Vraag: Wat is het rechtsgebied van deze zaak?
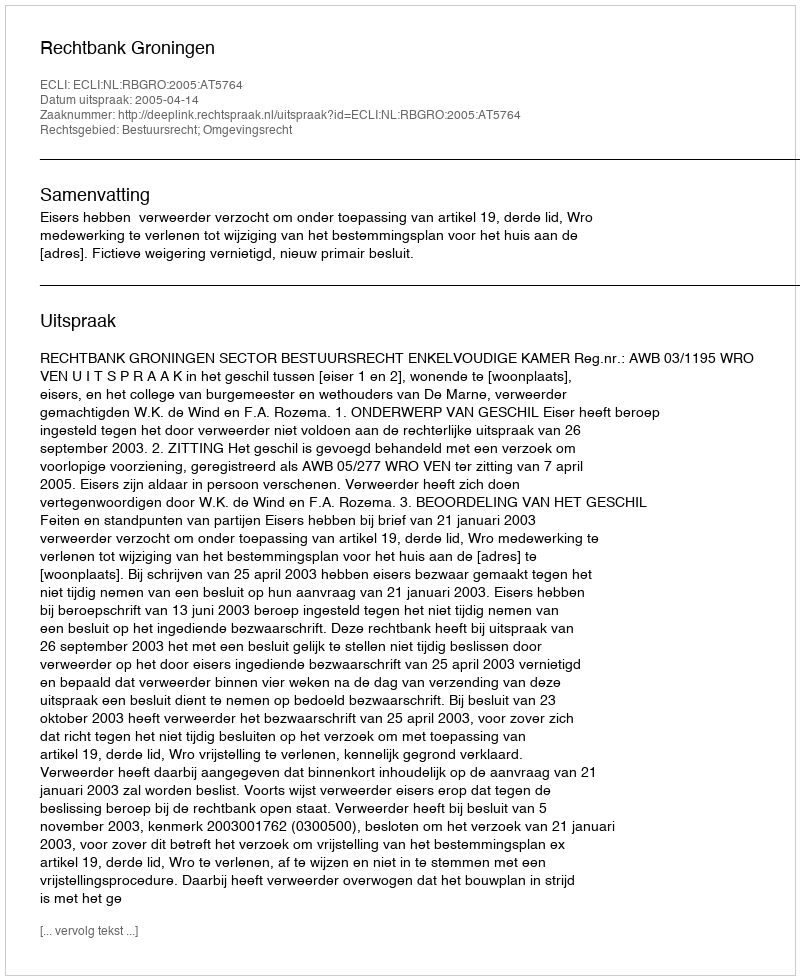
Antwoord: Bestuursrecht; Omgevingsrecht